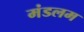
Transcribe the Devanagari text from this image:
मंडलम